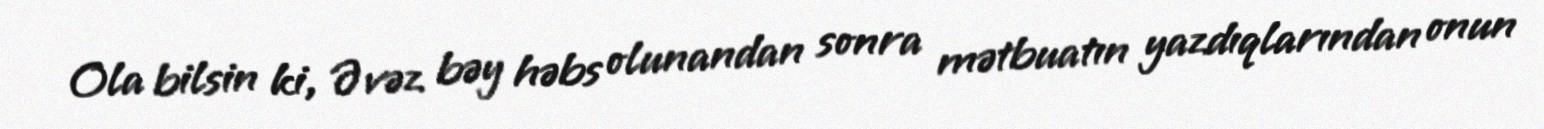
Ola bilsin ki, Əvəz bəy həbs olunandan sonra mətbuatın yazdıqlarından onun